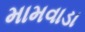
મામવાડા